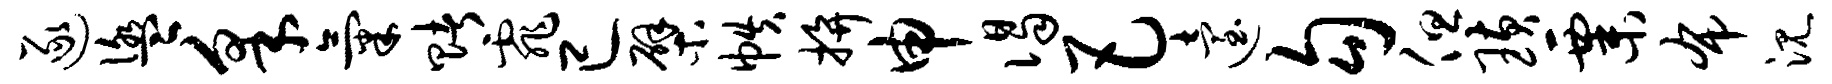
逐盥采气赌霏已檗帙拚申谒巴迨勾但璜粟布沉